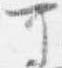
可